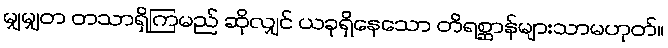
မျှမျှတ တသာရှိကြမည် ဆိုလျှင် ယခုရှိနေသော တိရစ္ဆာန်များသာမဟုတ်။